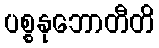
ပစ္စနုဘောတီတိ